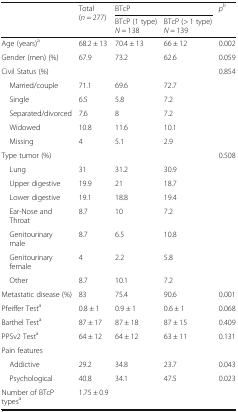
| <ROWSPAN=2>  | <ROWSPAN=2> Total(n = 277) | <COLSPAN=2> BTcP | <ROWSPAN=2> pb |
 | BTcP (1 type)N = 138 | BTcP (> 1 type)N = 139 |
 | --- | --- | --- | --- | --- |
 | Age (years)a | 68.2 ± 13 | 70.4 ± 13 | 66 ± 12 | 0.002 |
 | Gender (men) (%) | 67.9 | 73.2 | 62.6 | 0.059 |
 | Civil Status (%) |  |  |  | 0.854 |
 | Married/couple | 71.1 | 69.6 | 72.7 |  |
 | Single | 6.5 | 5.8 | 7.2 |  |
 | Separated/divorced | 7.6 | 8 | 7.2 |  |
 | Widowed | 10.8 | 11.6 | 10.1 |  |
 | Missing | 4 | 5.1 | 2.9 |  |
 | Type tumor (%) |  |  |  | 0.508 |
 | Lung | 31 | 31.2 | 30.9 |  |
 | Upper digestive | 19.9 | 21 | 18.7 |  |
 | Lower digestive | 19.1 | 18.8 | 19.4 |  |
 | Ear-Nose and Throat | 8.7 | 10 | 7.2 |  |
 | Genitourinary male | 8.7 | 6.5 | 10.8 |  |
 | Genitourinary female | 4 | 2.2 | 5.8 |  |
 | Other | 8.7 | 10.1 | 7.2 |  |
 | Metastatic disease (%) | 83 | 75.4 | 90.6 | 0.001 |
 | Pfeiffer Testa | 0.8 ± 1 | 0.9 ± 1 | 0.6 ± 1 | 0.068 |
 | Barthel Testa | 87 ± 17 | 87 ± 18 | 87 ± 15 | 0.409 |
 | PPSv2 Testa | 64 ± 12 | 64 ± 12 | 63 ± 11 | 0.131 |
 | Pain features |  |  |  |  |
 | Addictive | 29.2 | 34.8 | 23.7 | 0.043 |
 | Psychological | 40.8 | 34.1 | 47.5 | 0.023 |
 | Number of BTcP typesa | 1.75 ± 0.9 |  |  |  |